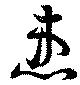
患